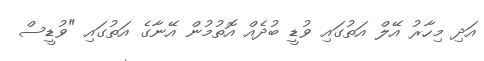
އަދި މިހާރު އޭލް އަތުގައި ވުޑީ ބުދެއް އޮތުމުން އޭނާގެ އަތުގައި "ވުޑީސް